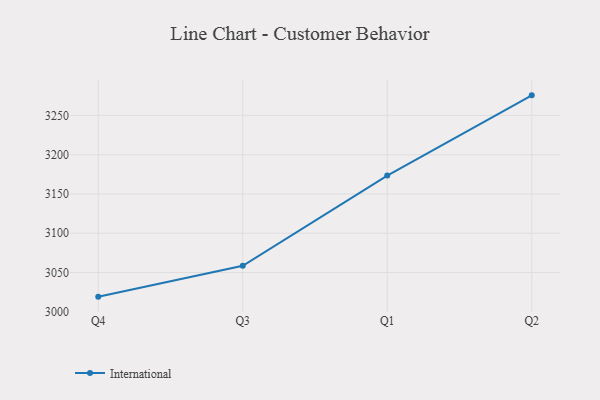
{"axis": {"x": "Quarter", "y": "Waste Production (Tons)"}, "legend": ["International"], "data": [{"x": "Q4", "y": 3019.3, "type": "International"}, {"x": "Q3", "y": 3058.6, "type": "International"}, {"x": "Q1", "y": 3173.4, "type": "International"}, {"x": "Q2", "y": 3275.5, "type": "International"}]}